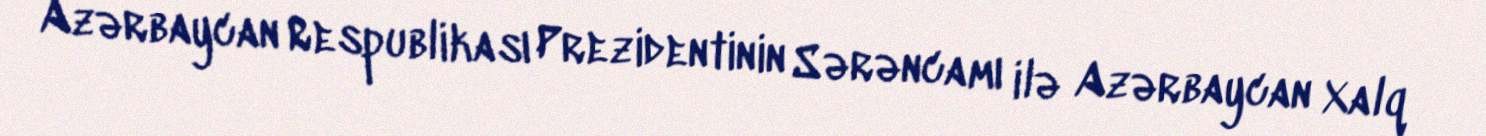
Azərbaycan Respublikası Prezidentinin Sərəncamı ilə Azərbaycan Xalq